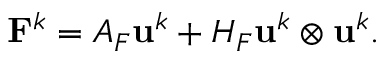
\mathbf { F } ^ { k } = A _ { F } \mathbf { u } ^ { k } + H _ { F } \mathbf { u } ^ { k } \otimes \mathbf { u } ^ { k } .